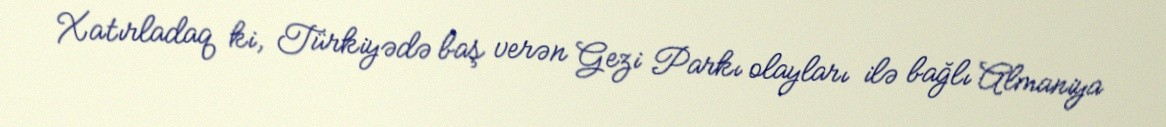
Xatırladaq ki, Türkiyədə baş verən Gezi Parkı olayları ilə bağlı Almaniya